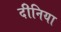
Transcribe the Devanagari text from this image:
दीनिया